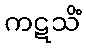
ကဋသိံ